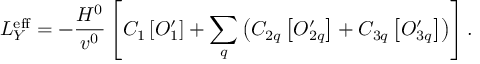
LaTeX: { \cal L } _ { Y } ^ { \mathrm { e f f } } = - \frac { H ^ { 0 } } { v ^ { 0 } } \left[ C _ { 1 } \left[ O _ { 1 } ^ { \prime } \right] + \sum _ { q } \left( C _ { 2 q } \left[ O _ { 2 q } ^ { \prime } \right] + C _ { 3 q } \left[ O _ { 3 q } ^ { \prime } \right] \right) \right] .